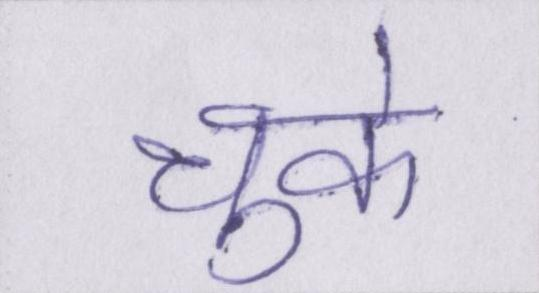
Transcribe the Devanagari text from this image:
चुके